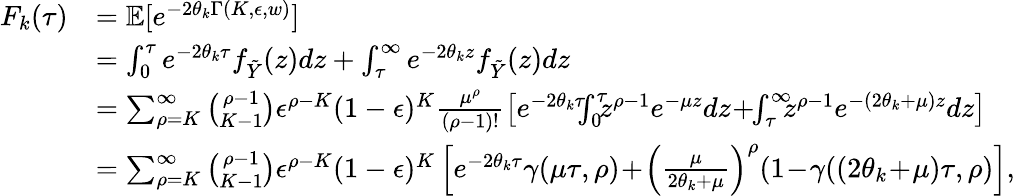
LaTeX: \begin{array}{rl}{F_{k}(\tau)}&{={\mathbb{E}}[e^{-2\theta_{k}\Gamma(K,\epsilon,w)}]}\\ &{=\int_{0}^{\tau}e^{-2\theta_{k}\tau}f_{\tilde{Y}}(z)dz+\int_{\tau}^{\infty}e^{-2\theta_{k}z}f_{\tilde{Y}}(z)dz}\\ &{=\sum_{\rho=K}^{\infty}\binom{\rho-1}{K-1}\epsilon^{\rho-K}(1-\epsilon)^{K}\frac{\mu^{\rho}}{(\rho-1)!}\left[e^{-2\theta_{k}\tau}\! \! \! \int_{0}^{\tau}\! \! \! z^{\rho-1}e^{-\mu z}dz\! +\! \! \int_{\tau}^{\infty}\! \! \! z^{\rho-1}e^{-(2\theta_{k}+\mu)z}dz\right]}\\ &{=\sum_{\rho=K}^{\infty}\binom{\rho-1}{K-1}\epsilon^{\rho-K}(1-\epsilon)^{K}\left[e^{-2\theta_{k}\tau}\gamma(\mu\tau,\rho)\! +\! \left(\frac{\mu}{2\theta_{k}+\mu}\right)^{\rho}(1\! -\! \gamma((2\theta_{k}\! +\! \mu)\tau,\rho)\right],}\end{array}